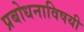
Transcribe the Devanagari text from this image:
प्रबोधनाविषयी